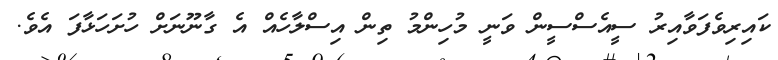
ކައިރިވެފަވާއިރު ސީއެސްސީން ވަނީ މުހިންމު ތިން އިސްލާހެއް އެ ގާނޫނަށް ހުށަހަޅާފަ އެވެ.